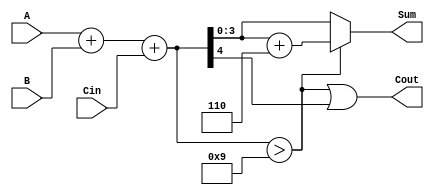
module BCD_Fast_Adder (
    input  [3:0] A,     // BCD digit A
    input  [3:0] B,     // BCD digit B
    input        Cin,    // Carry-in
    output [3:0] Sum,    // BCD Sum
    output       Cout     // Carry-out
);

    wire [4:0] TempSum;  // 5-bit to hold the sum of A, B, and Cin
    wire correction;      // Signal to indicate if correction is needed

    // Step 1: Perform binary addition
    assign TempSum = A + B + Cin;

    // Step 2: Determine if correction is needed (TempSum > 9)
    assign correction = (TempSum > 9);

    // Step 3: Calculate the corrected sum and carry-out
    assign Sum = correction ? (TempSum + 5'd6) : TempSum[3:0];
    assign Cout = correction || TempSum[4]; // Cout is 1 if correction is needed or if TempSum has a carry out

endmodule